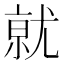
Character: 𭕒